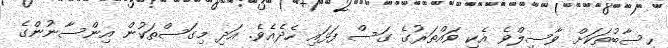
ހިސާބުތަކަށް ވާސިލްވެ އެކި ވައްތަރުގެ ގަސް ފަޅައި ހެދެއެވެ. އަދި މިގަސްތަކުން އިންސާނުންގެ